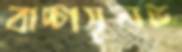
বাচ্চাসুলভ